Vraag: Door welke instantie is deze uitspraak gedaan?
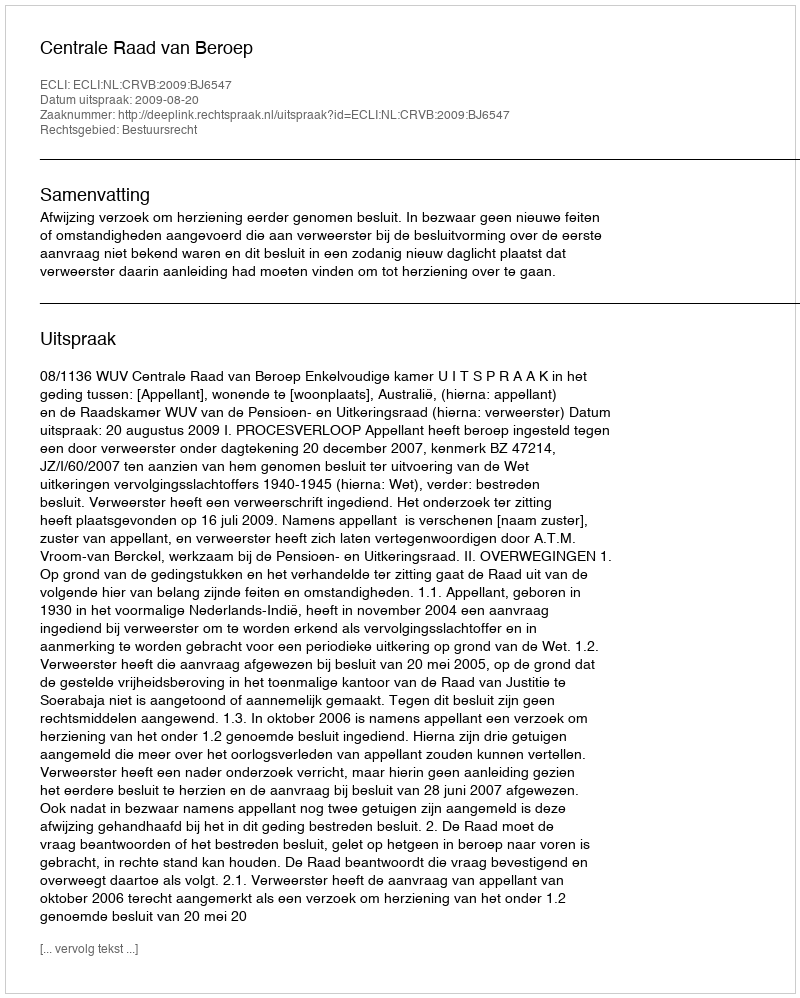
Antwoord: Centrale Raad van Beroep